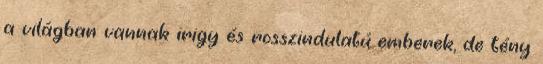
a világban vannak irigy és rosszindulatú emberek, de tény